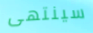
سينتهى